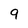
Character: 9